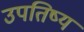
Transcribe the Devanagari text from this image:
उपतिष्य